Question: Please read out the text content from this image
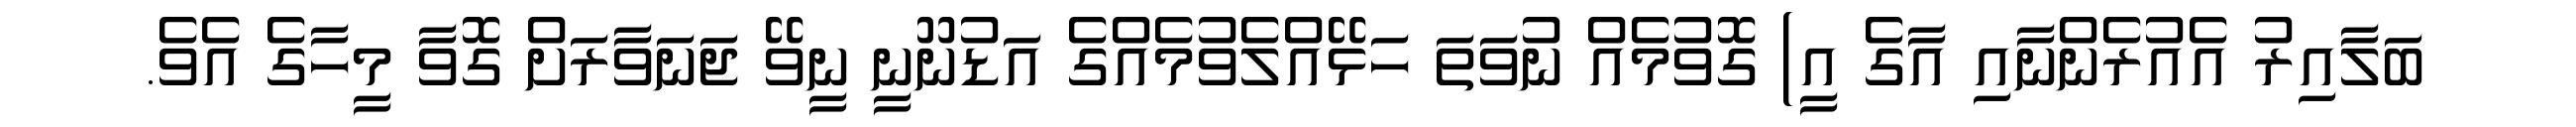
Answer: ބަލާއިރު އެއުރެންނާއި އާގެ އީ) ގޮވުމެއް ނުވަތަ ހަޅޭއްލެވުމެއްގެ އަޑުނޫނީ ނީވޭ ޖަނަވާރަށް ގޮވާ މީހާގެ އެވެ.